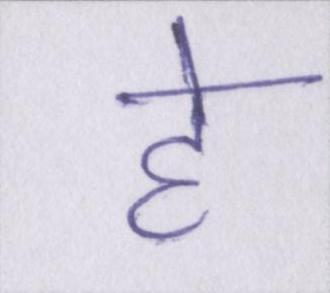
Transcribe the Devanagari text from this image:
हे